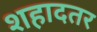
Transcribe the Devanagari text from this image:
शहादतर